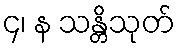
၄၊ န သန္တိသုတ်